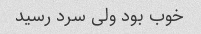
خوب بود ولی سرد رسید